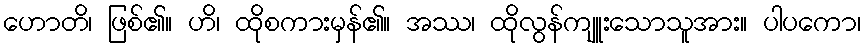
ဟောတိ၊ ဖြစ်၏။ ဟိ၊ ထိုစကားမှန်၏။ အဿ၊ ထိုလွန်ကျူးသောသူအား။ ပါပကော၊